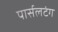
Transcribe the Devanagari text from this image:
पार्सलटंग